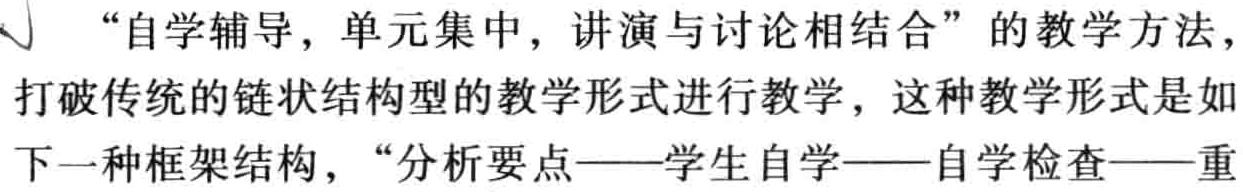
“自学辅导，单元集中，讲演与讨论相结合”的教学方法，
打破传统的链状结构型的教学形式进行教学，这种教学形式是如
下一种框架结构，“分析要点——学生自学——自学检查——重